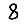
Digit: 8